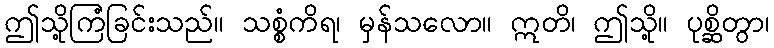
ဤသို့ကြံခြင်းသည်။ သစ္စံကိရ၊ မှန်သလော။ ဣတိ၊ ဤသို့။ ပုစ္ဆိတွာ၊